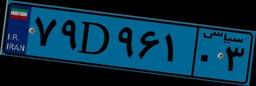
۰۱D۹۰۹۷۸